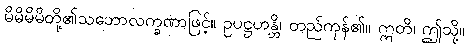
မိမိမိမိတို့၏သဘောလက္ခဏာဖြင့်။ ဥပဋ္ဌဟန္တိ၊ တည်ကုန်၏။ ဣတိ၊ ဤသို့။